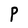
Character: P